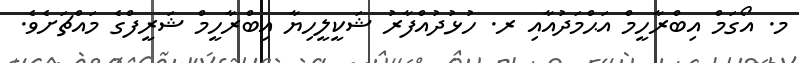
މ. އޯގަމް އިބްރާހީމް އަޙްމަދުއާއި ރ. ހުޅުދުއްފާރު ޝަކީލީހިޔާ އިބްރާހީމް ޝަރީފްގެ މައްޗަށެވެ.